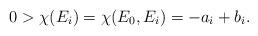
LaTeX: \begin{align*}0>\chi(E_i)=\chi(E_0, E_i)=-a_i+b_i.\end{align*}